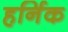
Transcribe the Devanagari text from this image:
हर्निक